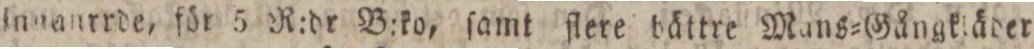
innaurrde, för 5 R:dr B:ko, ſamt ſlere bättre Mans=Gångkläder